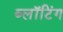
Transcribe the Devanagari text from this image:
ब्लॉटिंग